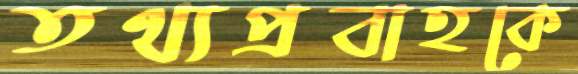
তথ্যপ্রবাহকে